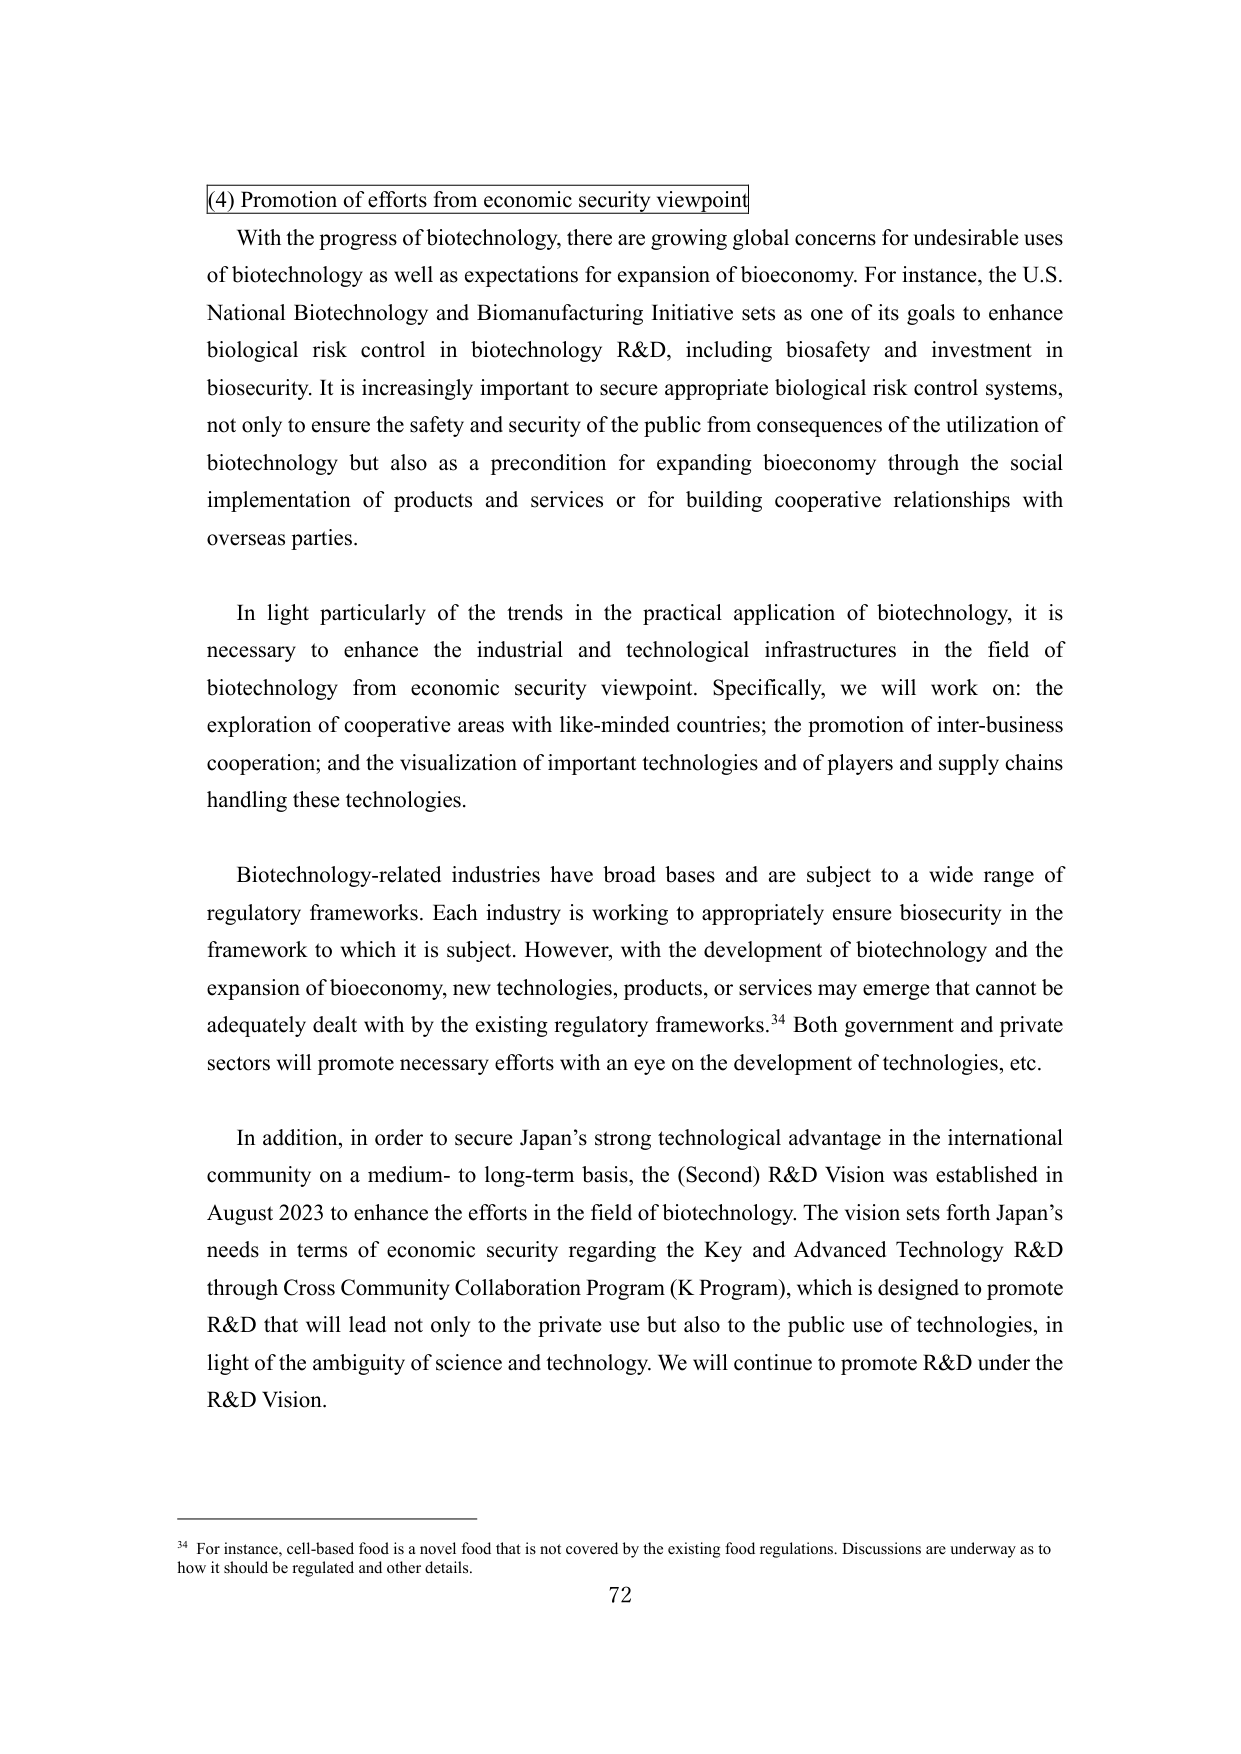
(4) Promotion of efforts from economic security viewpoint

With the progress of biotechnology, there are growing global concerns for undesirable uses of biotechnology as well as expectations for expansion of bioeconomy. For instance, the U.S. National Biotechnology and Biom manufacturing Initiative sets as one of its goals to enhance biological risk control in biotechnology R&D, including biosafety and investment in biosecurity. It is increasingly important to secure appropriate biological risk control systems, not only to ensure the safety and security of the public from consequences of the utilization of biotechnology but also as a precondition for expanding bioeconomy through the social implementation of products and services or for building cooperative relationships with overseas parties.

In light particularly of the trends in the practical application of biotechnology, it is necessary to enhance the industrial and technological infrastructures in the field of biotechnology from economic security viewpoint. Specifically, we will work on: the exploration of cooperative areas with like-minded countries; the promotion of inter-business cooperation; and the visualization of important technologies and of players and supply chains handling these technologies.

Biotechnology-related industries have broad bases and are subject to a wide range of regulatory frameworks. Each industry is working to appropriately ensure biosecurity in the framework to which it is subject. However, with the development of biotechnology and the expansion of bioeconomy, new technologies, products, or services may emerge that cannot be adequately dealt with by the existing regulatory frameworks.³⁴ Both government and private sectors will promote necessary efforts with an eye on the development of technologies, etc.

In addition, in order to secure Japan’s strong technological advantage in the international community on a medium- to long-term basis, the (Second) R&D Vision was established in August 2023 to enhance the efforts in the field of biotechnology. The vision sets forth Japan’s needs in terms of economic security regarding the Key and Advanced Technology R&D through Cross Community Collaboration Program (K Program), which is designed to promote R&D that will lead not only to the private use but also to the public use of technologies, in light of the ambiguity of science and technology. We will continue to promote R&D under the R&D Vision.

³⁴ For instance, cell-based food is a novel food that is not covered by the existing food regulations. Discussions are underway as to how it should be regulated and other details.

72